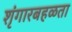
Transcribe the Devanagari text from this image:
शृंगारबहळता